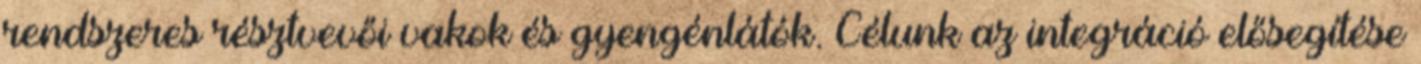
rendszeres résztvevői vakok és gyengénlátók. Célunk az integráció elősegítése